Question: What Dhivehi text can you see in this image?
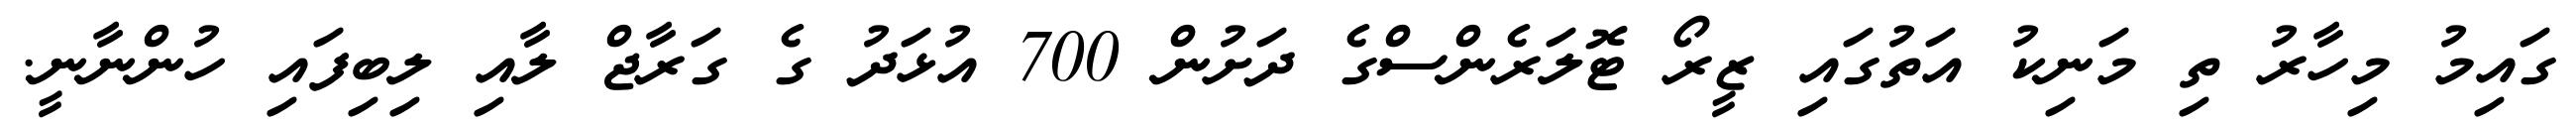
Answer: ގައިމު މިހާރު ތި މަނިކު އަތުގައި ޒީރޯ ޓޮލަރެންސްގެ ދަށުން 700 އުޅަދު ގެ ގަރާޖް ލާއި ލިބިފައި ހުންނާނީ.